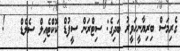
ގެރިމަސް ބިރިޔާނީހަވީރު ބަދިގެ: ސިޓްރަން ސީފުޑް ކޮކްޓެއިލް ސެލެޑް   !